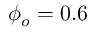
\phi _ { o } = 0 . 6